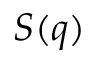
S ( q )